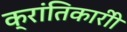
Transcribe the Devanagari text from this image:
क्रांतिकारीी